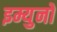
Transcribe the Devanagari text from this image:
इम्युनो